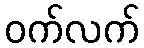
ဝက်လက်